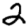
Digit: 2